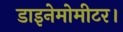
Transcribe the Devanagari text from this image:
डाइनेमोमीटर।